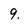
Character: 9